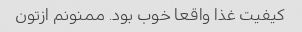
کیفیت غذا واقعا خوب بود. ممنونم ازتون